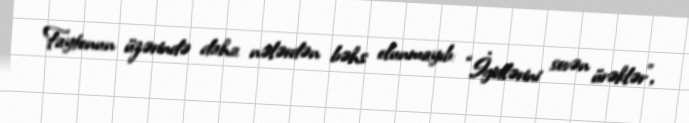
Faytonun üzərində daha nələrdən bəhs olunmayıb: “İgidlərini sevən ürəklər”,